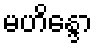
မဟိန္ဒော